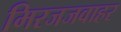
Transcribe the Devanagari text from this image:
मिरजजवाहर